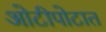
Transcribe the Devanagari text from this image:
ओटीपोटात